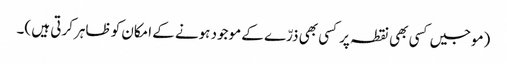
(موجیں کسی بھی نقطہ پر کسی بھی ذرّے کے موجود ہونے کے امکان کو ظاہر کرتی ہیں )۔